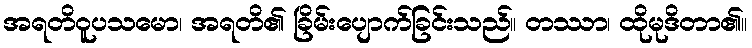
အရတိဝူပသမော၊ အရတိ၏ ခြိမ်းပျောက်ခြင်းသည်။ တဿာ၊ ထိုမုဒိတာ၏။